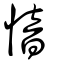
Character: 愔